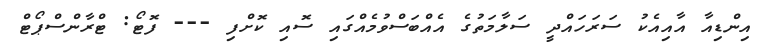
އިންޑިއާ އާއިއެކު ސަރަހައްދީ ސަލާމަތުގެ އެއްބަސްވުމެއްގައި ސޮއި ކޮށްފި --- ފޮޓޯ: ޓްރާންސްޕޯޓް